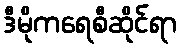
ဒီမိုကရေစီဆိုင်ရာ